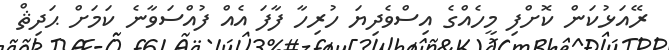
ރޭއަޅުކަން ކޮށްފި މީހެއްގެ އިސްވެދިޔަ ހުރިހާ ފާފަ އެއް ފުއްސަވާނެ ކަމަށް ޙަދިޘް